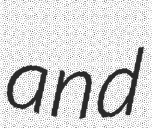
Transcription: and